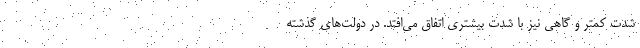
شدت کمتر و گاهی نیز با شدت بیشتری اتفاق می‌افتد. در دولت‌های گذشته